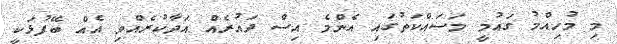
މި މުހިއްމު ގައުމީ މަސައްކަތުގައި އެންމެ އިސް ދައުރެއް އަދާކުރެއްވި އެއް ބޭފުޅަކީ